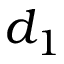
d _ { 1 }